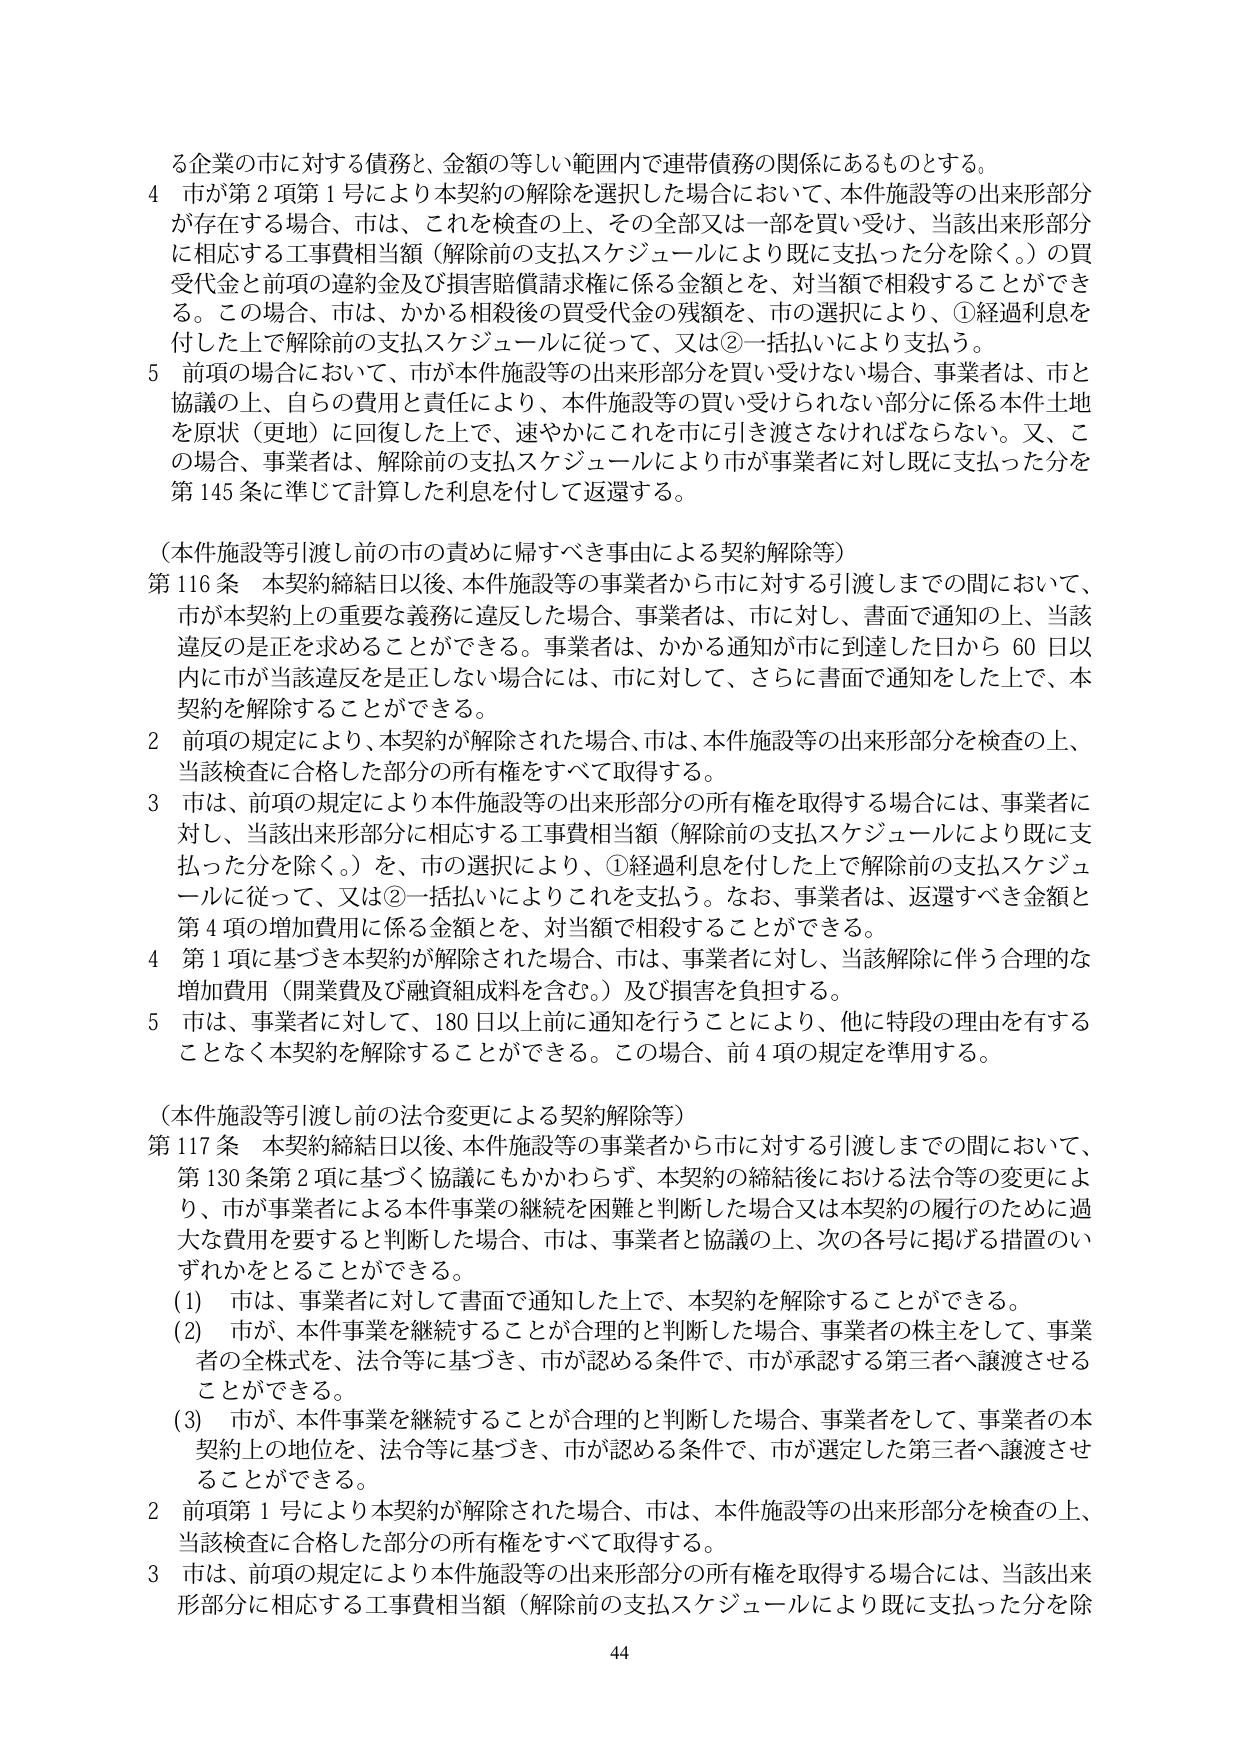
る企業の市に対する債務と、金額の等しい範囲内で連帯債務の関係にあるものとする。

4 市が第2項第1号により本契約の解除を選択した場合において、本件施設等の出来形部分が存在する場合、市は、これを検査の上、その全部又は一部を買い受け、当該出来形部分に相応する工事費相当額（解除前の支払スケジュールにより既に支払った分を除く。）の買受代金と前項の遅延金及び損害賠償請求権に係る金額とを、対当額で相殺することができる。この場合、市は、かかる相殺後の買受代金の残額を、市の選択により、①経過利息を付した上で解除前の支払スケジュールに従って、又は②一括払いにより支払う。

5 前項の場合において、市が本件施設等の出来形部分を買い受けない場合、事業者は、市と協議の上、自らの費用と責任により、本件施設等の買い受けられない部分に係る本件土地を原状（更地）に回復した上で、速やかにこれを市に引き渡さなければならない。又、この場合、事業者は、解除前の支払スケジュールにより市が事業者に対し既に支払った分を第145条に準じて計算した利息を付して返還する。

（本件施設等引渡し前の市の責めに帰すべき事由による契約解除等）

第116条 本契約締結日以後、本件施設等の事業者から市に対する引渡しまでの間において、市が本契約上の重要な義務に違反した場合、事業者は、市に対し、書面で通知の上、当該違反の是正を求めることができる。事業者は、かかる通知が市に到達した日から60日以内に市が当該違反を是正しない場合には、市に対して、さらに書面で通知をした上で、本契約を解除することができる。

2 前項の規定により、本契約が解除された場合、市は、本件施設等の出来形部分を検査の上、当該検査に合格した部分の所有権をすべて取得する。

3 市は、前項の規定により本件施設等の出来形部分の所有権を取得する場合には、事業者に対し、当該出来形部分に相応する工事費相当額（解除前の支払スケジュールにより既に支払った分を除く。）を、市の選択により、①経過利息を付した上で解除前の支払スケジュールに従って、又は②一括払いによりこれを支払う。なお、事業者は、返還すべき金額と第4項の増加費用に係る金額とを、対当額で相殺することができる。

4 第1項に基づき本契約が解除された場合、市は、事業者に対し、当該解除に伴う合理的な増加費用（開業費及び融資組成料を含む。）及び損害を負担する。

5 市は、事業者に対して、180日以上前に通知を行うことにより、他に特段の理由を有することなく本契約を解除することができる。この場合、前4項の規定を準用する。

（本件施設等引渡し前の法令変更による契約解除等）

第117条 本契約締結日以後、本件施設等の事業者から市に対する引渡しまでの間において、第130条第2項に基づく協議にもかかわらず、本契約の締結後における法令等の変更により、市が事業者による本件事業の継続を困難と判断した場合又は本契約の履行のために過大な費用を要すると判断した場合、市は、事業者と協議の上、次の各号に掲げる措置のいずれかをとることができる。

(1) 市は、事業者に対して書面で通知した上で、本契約を解除することができる。

(2) 市が、本件事業を継続することが合理的と判断した場合、事業者の株主をして、事業者の全株式を、法令等に基づき、市が認める条件で、市が承認する第三者へ譲渡させることができる。

(3) 市が、本件事業を継続することが合理的と判断した場合、事業者をして、事業者の本契約上の地位を、法令等に基づき、市が認める条件で、市が選定した第三者へ譲渡させることができる。

2 前項第1号により本契約が解除された場合、市は、本件施設等の出来形部分を検査の上、当該検査に合格した部分の所有権をすべて取得する。

3 市は、前項の規定により本件施設等の出来形部分の所有権を取得する場合には、当該出来形部分に相応する工事費相当額（解除前の支払スケジュールにより既に支払った分を除

44